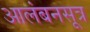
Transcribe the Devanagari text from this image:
आलंबनसूत्र